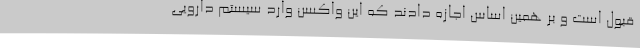
قبول است و بر همین اساس اجازه دادند که این واکسن وارد سیستم دارویی